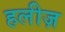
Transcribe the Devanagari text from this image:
हलीज़